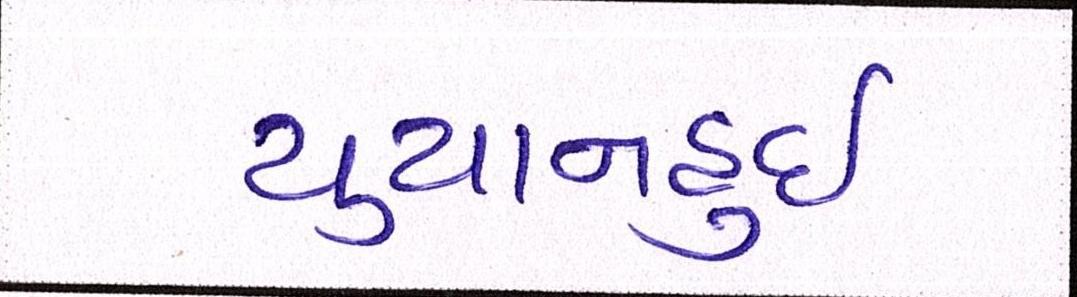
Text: યુયાનહુઈ